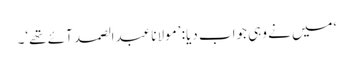
‘ میں نے وہی جواب دیا: ’مولانا عبدالصمد آئے تھے‘۔